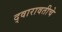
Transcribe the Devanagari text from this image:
द्वारावतीचे